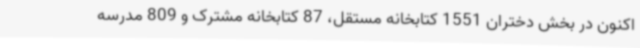
اکنون در بخش دختران 1551 کتابخانه مستقل، 87 کتابخانه مشترک و 809 مدرسه